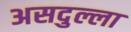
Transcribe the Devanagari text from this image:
असदुल्ला